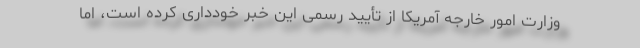
وزارت امور خارجه آمریکا از تأیید رسمی این خبر خودداری کرده است، اما